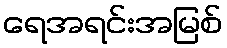
ရေအရင်းအမြစ်